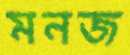
মনজ